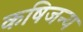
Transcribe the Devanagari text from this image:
कषिजन्य